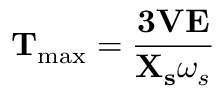
\mathbf { T } _ { \mathrm { m a x } } = { \frac { { \mathbf { 3 } } { \mathbf { V } } { \mathbf { E } } } { { \mathbf { X _ { s } } } { \omega _ { s } } } }